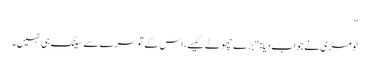
”
لومڑی نے جواب دیا: "بڑے چھوٹے کیسے، اس کے تو سرے سے سینگ ہی نہیں۔